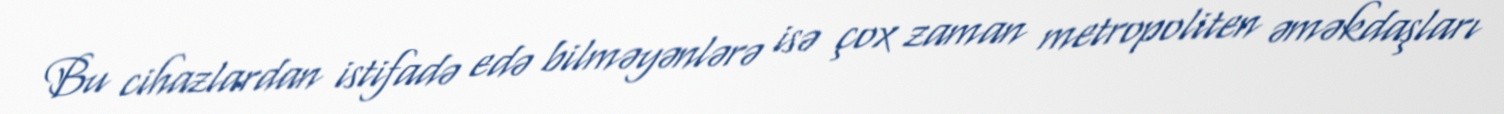
Bu cihazlardan istifadə edə bilməyənlərə isə çox zaman metropoliten əməkdaşları